Leaving Certificate Examination, 1919
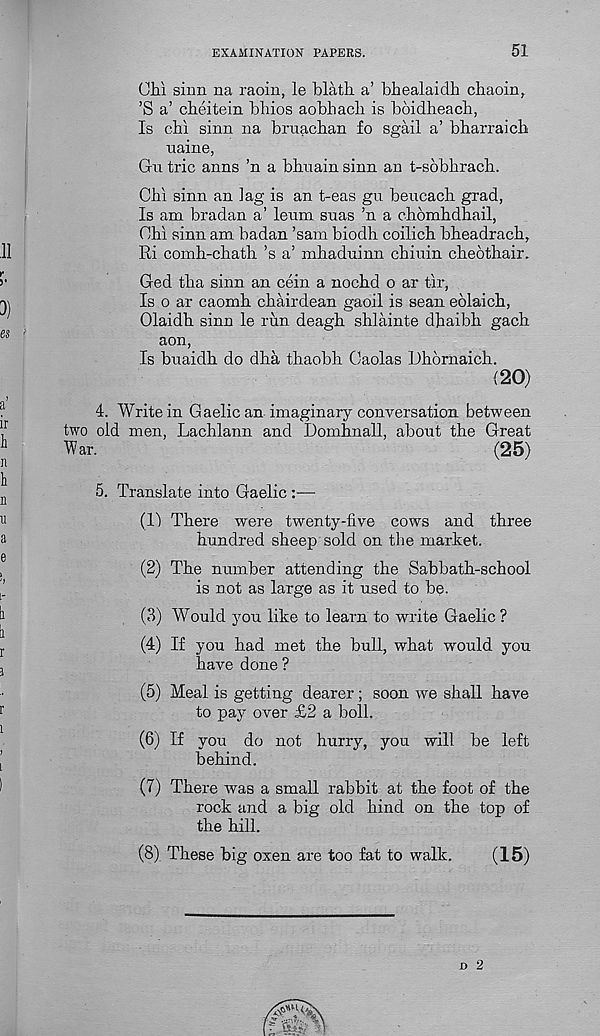
EXAMINATION PAPERS.
51
CM sinn na raoin, le blath a’ bhealaidh chaoin,
’S a’ cbeitein bhios aobhacli is bbidheacb,
Is chi sinn na bruachan fo sgail a’ bharraich
naine,
Gu trie anns ’n a bhnain sinn. an t-sobhrach.
Chi sinn an ]ag is an t-eas gu beucach grad,
Is am bradan a’ leum suas ’n a chomhdhail,
Chi sinn am badan ’sam biodh coilich bheadrach,
Ri comh-chath’s a’ mhaduinn chiuin cheothair.
Ged tha sinn an cein a nochd o ar tir,
Is o ar caomh chairdean gaoil is sean eolaich,
Olaidh sinn le run deagh shlainte dhaibh gach
aon,
Is buaidh do dha thaobh Gaolas Dhdrnaich.
(20)
4. Write in Gaelic an imaginary conversation between
two old men, Lachlann and Domhnall, about the Great
War.
(25)
5. Translate into Gaelic :—
(11 There were twenty-five cows and three
hundred sheep sold on the market.
(2) The number attending the Sabbath-school
is not as large as it used to be.
(3) Would you like to learn to write Gaelic ?
(4) If you had met the bull, what w r ould you
have done ?
(5) Meal is getting dearer; soon we shall have
to pay over £2 a boll.
(6) If you do not hurry, you will be left
behind.
(7) There was a small rabbit at the foot of the
rock and a big old hind on the top of
the hill.
(8) These big oxen are too fat to walk.
D 2
(15)